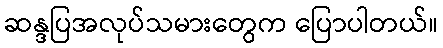
ဆန္ဒပြအလုပ်သမားတွေက ပြောပါတယ်။